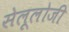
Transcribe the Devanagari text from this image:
सेलूलोजी